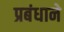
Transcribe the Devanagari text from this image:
प्रबंधाने